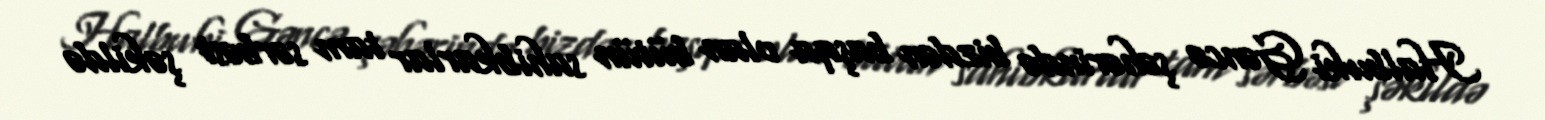
Halbuki Gəncə şəhərində bizdən başqa olan bütün sahibkarlar tam sərbəst şəkildə